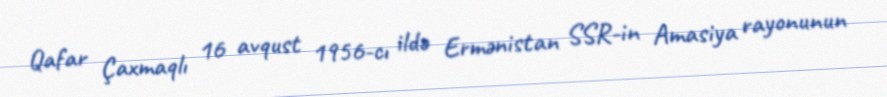
Qafar Çaxmaqlı 16 avqust 1956-cı ildə Ermənistan SSR-in Amasiya rayonunun